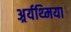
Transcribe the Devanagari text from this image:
अर्र्यथ्मिया